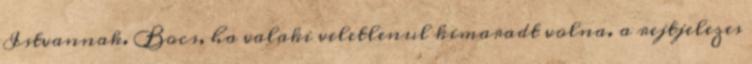
Istvannak. Bocs, ha valaki veletlenul kimaradt volna. a rejtjelezes